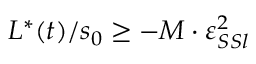
L ^ { * } ( t ) / s _ { 0 } \geq - M \cdot \varepsilon _ { S S l } ^ { 2 }